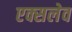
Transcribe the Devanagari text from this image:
एक्सलेव